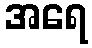
အရေ